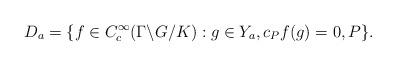
LaTeX: \begin{align*}D_a=\{f\in C_c^\infty(\Gamma\backslash G/K): g\in Y_a, c_Pf(g)=0, P\}.\end{align*}